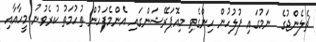
ޗެލެންޖުގެ  ނަމުގައި ފުލުހުން ހިންގެވި މިއޮޕަރޭޝަންގައި އެންމެފަހުން ތުހުމަތު ކުރެވުނު މީހާއާއި